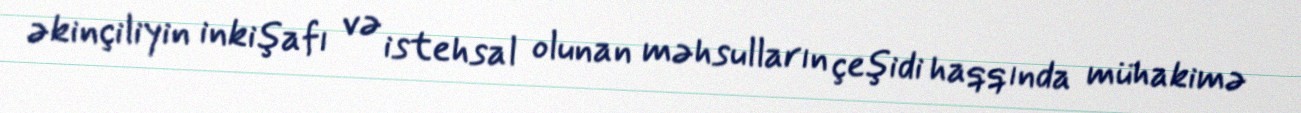
əkinçiliyin inkişafı və istehsal olunan məhsulların çeşidi haqqında mühakimə